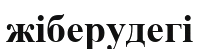
жіберудегі